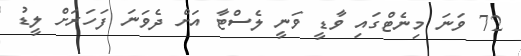
72 ވަނަ މިނެޓްގައި ވާޑީ ވަނީ ލެސްޓާ އަށް ދެވަނަ ފަހަރަށް ލީޑު